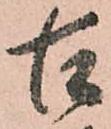
古